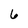
Character: 6